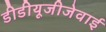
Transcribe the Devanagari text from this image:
डीडीयूजीजेवाई